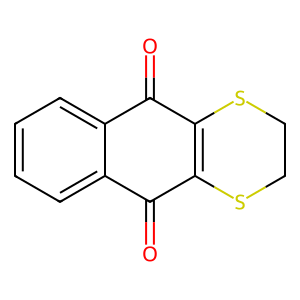
SMILES: O=C1C2=C(SCCS2)C(=O)c2ccccc21
Inhibits HIV replication: No